Report of the Indian Hemp Drugs Commission, 1894-1895 - Volume IV
Year: 1894
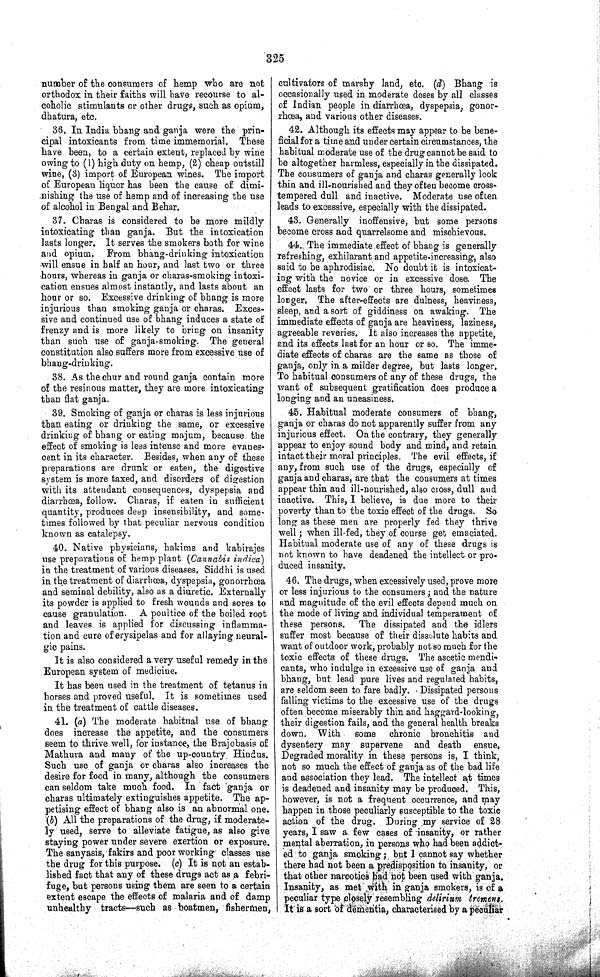
325
number of the consumers of hemp who are not
orthodox in their faiths will have recourse to al-
coholic stimulants or other drugs, such as opium,
dhatura, etc.
36. In India bhang and ganja were the prin-
cipal intoxicants from time immemorial. These
have been, to a certain extent, replaced by wine
owing to (1) high duty on hemp, (2) cheap outstill
wine, (3) import of European wines. The import
of European liquor has been the cause of dimi-
nishing the use of hemp and of increasing the use
of alcohol in Bengal and Behar.
37. Charas is considered to be more mildly
intoxicating than ganja. But the intoxication
lasts longer. It serves the smokers both for wine
and opium. From bhang-drinking intoxication
will ensue in half an hour, and last two or three
hours, whereas in ganja or charas-smoking intoxi-
cation ensues almost instantly, and lasts about an
hour or so. Excessive drinking of bhang is more
injurious than smoking ganja or charas. Exces-
sive and continued use of bhang induces a state of
frenzy and is more likely to bring on insanity
than such use of ganja-smoking. The general
constitution also suffers more from excessive use of
bhang-drinking.
38. As the chur and round ganja contain more
of the resinous matter, they are more intoxicating
than flat ganja.
39. Smoking of ganja or charas is less injurious
than eating or drinking the same, or excessive
drinking of bhang or eating majum, because the
effect of smoking is less intense and more evanes-
cent in its character. Besides, when any of these
preparations are drunk or eaten, the digestive
system is more taxed, and disorders of digestion
with its attendant consequences, dyspepsia and
diarrhœa, follow. Charas, if eaten in sufficient
quantity, produces deep insensibility, and some-
times followed by that peculiar nervous condition
known as catalepsy.
40. Native physicians, hakims and kabirajes
use preparations of hemp plant (Cannabis indica)
in the treatment of various diseases. Siddhi is used
in the treatment of diarrhœa, dyspepsia, gonorrhœa
and seminal debility, also as a diuretic. Externally
its powder is applied to fresh wounds and sores to
cause granulation. A poultice of the boiled root
and leaves is applied for discussing inflamma-
tion and cure of erysipelas and for allaying neural-
gic pains.
It is also considered a very useful remedy in the
European system of medicine.
It has been used in the treatment of tetanus in
horses and proved useful. It is sometimes used
in the treatment of cattle diseases.
41. (a) The moderate habitual use of bhang
does increase the appetite, and the consumers
seem to thrive well, for instance, the Brajobasis of
Mathura and many of the up-country Hindus.
Such use of ganja or charas also increases the
desire for food in many, although the consumers
can seldom take much food. In fact ganja or
charas ultimately extinguishes appetite. The ap-
petising effect of bhang also is an abnormal one.
(b) All the preparations of the drug, if moderate-
ly used, serve to alleviate fatigue, as also give
staying power under severe exertion or exposure.
The sanyasis, fakirs and poor working classes use
the drug for this purpose. (c) It is not an estab-
lished fact that any of these drugs act as a febri-
fuge, but persons using them are seen to a certain
extent escape the effects of malaria and of damp
unhealthy tracts—such as boatmen, fishermen,
cultivators of marshy land, etc. (d) Bhang is
occasionally used in moderate doses by all classes
of Indian people in diarrhœa, dyspepsia, gonor-
rhœa, and various other diseases.
42. Although its effects may appear to be bene-
ficial for a time and under certain circumstances, the
habitual moderate use of the drug cannot be said to
be altogether harmless, especially in the dissipated.
The consumers of ganja and charas generally look
thin and ill-nourished and they often become cross-
tempered dull and inactive. Moderate use often
leads to excessive, especially with the dissipated.
43. Generally inoffensive, but some persons
become cross and quarrelsome and mischievous.
44. The immediate effect of bhang is generally
refreshing, exhilarant and appetite-increasing, also
said to be aphrodisiac. No doubt it is intoxicat-
ing with the novice or in excessive dose. The
effect lasts for two or three hours, sometimes
longer. The after-effects are dulness, heaviness,
sleep, and a sort of giddiness on awaking. The
immediate effects of ganja are heaviness, laziness,
agreeable reveries. It also increases the appetite,
and its effects last for an hour or so. The imme-
diate effects of charas are the same as those of
ganja, only in a milder degree, but lasts longer.
To habitual consumers of any of these drugs, the
want of subsequent gratification does produce a
longing and an uneasiness.
45. Habitual moderate consumers of bhang,
ganja or charas do not apparently suffer from any
injurious effect. On the contrary, they generally
appear to enjoy sound body and mind, and retain
intact their moral principles. The evil effects, if
any, from such use of the drugs, especially of
ganja and charas, are that the consumers at times
appear thin and ill-nourished, also cross, dull and
inactive. This, I believe, is due more to their
poverty than to the toxic effect of the drugs. So
long as these men are properly fed they thrive
well; when ill-fed, they of course get emaciated.
Habitual moderate use of any of these drugs is
not known to have deadened the intellect or pro-
duced insanity.
46. The drugs, when excessively used, prove more
or less injurious to the consumers; and the nature
and magnitude of the evil effects depend much on
the mode of living and individual temperament of
these persons. The dissipated and the idlers
suffer most because of their dissolute habits and
want of outdoor work, probably not so much for the
toxic effects of these drugs. The ascetic mendi-
cants, who indulge in excessive use of ganja and
bhang, but lead pure lives and regulated habits,
are seldom seen to fare badly. Dissipated persons
falling victims to the excessive use of the drugs
often become miserably thin and haggard-looking,
their digestion fails, and the general health breaks
down. With
some chronic bronchitis and
dysentery may supervene and death ensue,
Degraded morality in these persons is, I think,
not so much the effect of ganja as of the bad life
and association they lead. The intellect at times
is deadened and insanity may be produced. This,
however, is not a frequent occurrence, and may
happen in those peculiarly susceptible to the toxic
action of the drug. During my service of 28
years, I saw a few cases of insanity, or rather
mental aberration, in persons who had been addict-
ed to ganja smoking; but I cannot say whether
there had not been a predisposition to insanity, or
that other narcotics had not been used with ganja.
Insanity, as met with in ganja smokers, is of a
peculiar type closely resembling delirium tremens.
It is a sort of dementia, characterised by a peculiar